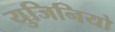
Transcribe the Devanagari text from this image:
युजिनियो